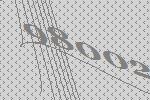
98002